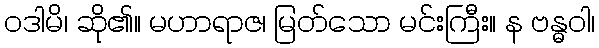
ဝဒါမိ၊ ဆို၏။ မဟာရာဇ၊ မြတ်သော မင်းကြီး။ န ဗန္ဓဝါ၊